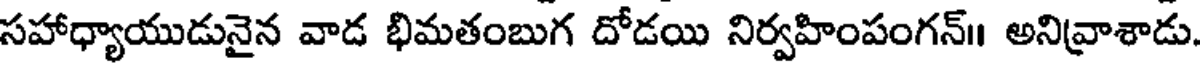
సహాధ్యాయుడునైన వాడ భిమతంబుగ దోడయి నిర్వహింపంగన్॥ అనివ్రాశాడు.